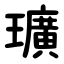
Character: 㼅